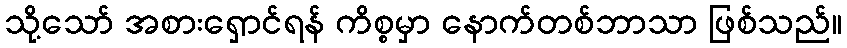
သို့သော် အစားရှောင်ရန် ကိစ္စမှာ နောက်တစ်ဘာသာ ဖြစ်သည်။